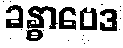
ခန္ဓာဗေဒ